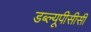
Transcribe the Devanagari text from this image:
डब्ल्यूपीसीसी